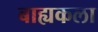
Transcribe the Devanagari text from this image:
बाह्यकला